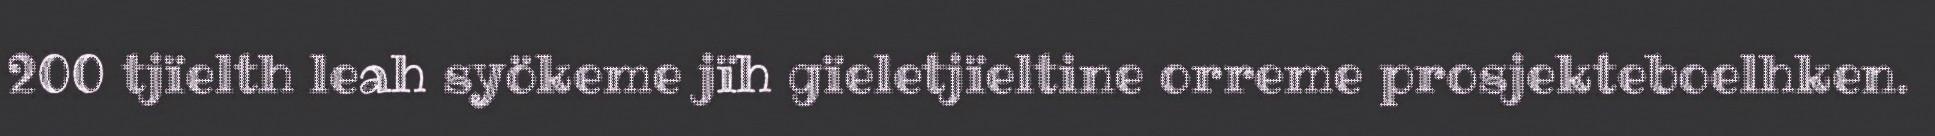
200 tjïelth leah syökeme jïh gïeletjïeltine orreme prosjekteboelhken.